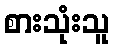
စားသုံးသူ